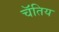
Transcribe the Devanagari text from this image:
चॅतिय